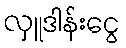
လှူဒါန်းငွေ